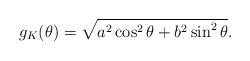
LaTeX: \begin{align*}g_K(\theta)=\sqrt{a^2\cos^2\theta+b^2\sin^2\theta}.\end{align*}